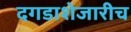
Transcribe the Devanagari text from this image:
दगडाशेजारीच